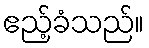
ဧည့်ခံသည်။